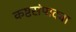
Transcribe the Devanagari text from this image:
कष्टसंपाद्या